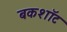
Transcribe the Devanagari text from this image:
बकशॉट